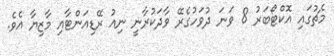
މެޗުގައި އޮކްޓޯބަރު 8 ވަނަ ދުވަހުގެރޭ ވާދަކުރާނީ ނިއު ރޭޑިއަންޓާއި މާޒިޔާ އެވެ.